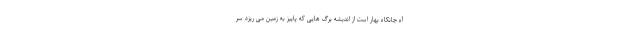
آه جانکاه بهار است از اندیشه برگ هایی که پاییز به زمین می ریزد سر